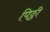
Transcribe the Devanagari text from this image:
पिठ्ठी